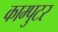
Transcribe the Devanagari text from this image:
काम्पुटर